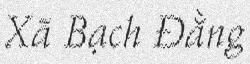
Xã Bạch Đằng